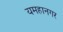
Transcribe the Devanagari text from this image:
यमहानगर